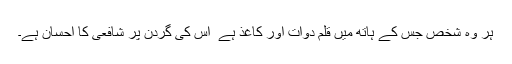
ہر وہ شخص جس کے ہاتھ میں قلم دوات اور کاغذ ہے ٗ اس کی گردن پر شافعی کا احسان ہے۔